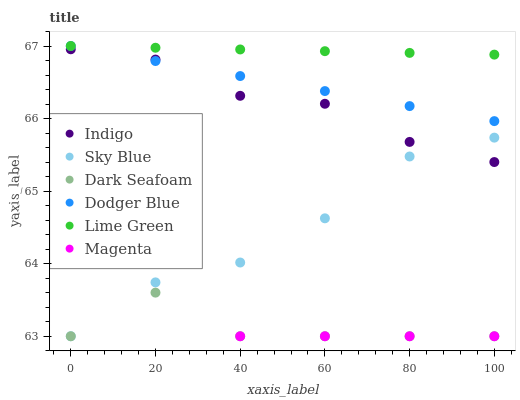
| xaxis_label | Indigo | Sky Blue | Dark Seafoam | Dodger Blue | Lime Green | Magenta |
 | --- | --- | --- | --- | --- | --- | --- |
 | 0 | 67 | 63 | 63 | 67 | 67 | 64.1 |
 | 20 | 66.8 | 63.7 | 63.6 | 66.8 | 67 | 64.4 |
 | 40 | 66.3 | 64 | 63 | 66.6 | 67 | 63 |
 | 60 | 66.2 | 64.6 | 63 | 66.4 | 66.9 | 63 |
 | 80 | 65.7 | 65.5 | 63 | 66.2 | 66.9 | 63 |
 | 100 | 65.4 | 65.7 | 63 | 66 | 66.9 | 63 |